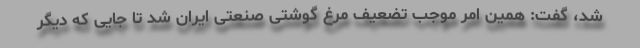
شد، گفت: همین امر موجب تضعیف مرغ گوشتی صنعتی ایران شد تا جایی که دیگر